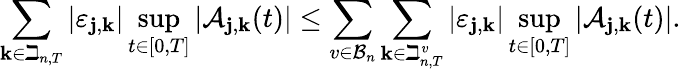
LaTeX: \sum_{\mathbf{k}\in\beth_{n,T}}\left|\varepsilon_{\mathbf{j},\mathbf{k}}\right|\operatorname*{sup}_{t\in[0,T]}\left|\mathcal{A}_{\mathbf{j},\mathbf{k}}(t)\right|\leq\sum_{v\in\mathcal{B}_{n}}\sum_{\mathbf{k}\in\beth_{n,T}^{v}}\left|\varepsilon_{\mathbf{j},\mathbf{k}}\right|\operatorname*{sup}_{t\in[0,T]}\left|\mathcal{A}_{\mathbf{j},\mathbf{k}}(t)\right|.